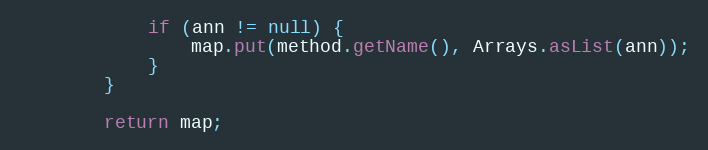
Language: Java
			if (ann != null) {
				map.put(method.getName(), Arrays.asList(ann));
			}
		}

		return map;